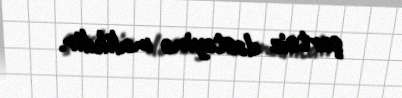
şərtsiz dəstəyinə malikdir.